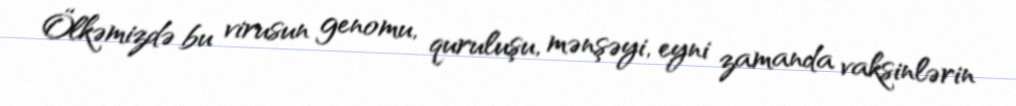
Ölkəmizdə bu virusun genomu, quruluşu, mənşəyi, eyni zamanda vaksinlərin